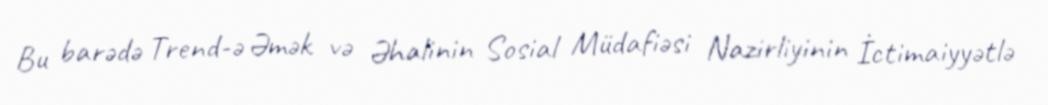
Bu barədə Trend-ə Əmək və Əhalinin Sosial Müdafiəsi Nazirliyinin İctimaiyyətlə